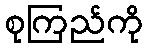
စုကြည်ကို